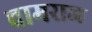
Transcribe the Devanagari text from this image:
चामराज